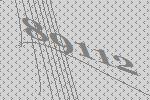
89112